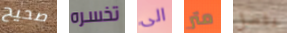
صحيح تخسره الى متر يفضل